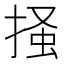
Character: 掻